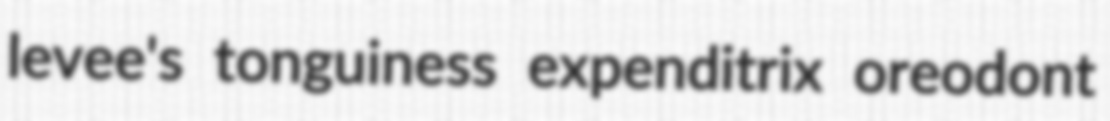
levee's tonguiness expenditrix oreodont